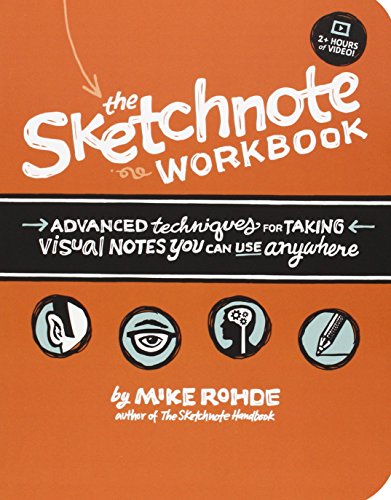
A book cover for The Sketchnote Workbook: Advanced techniques for taking visual notes you can use anywhere; Mike Rohde; Test Preparation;